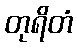
တုရိတံ